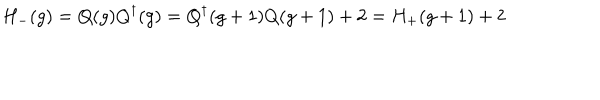
H _ { - } ( g ) = Q ( g ) Q ^ { \dagger } ( g ) = Q ^ { \dagger } ( g + 1 ) Q ( g + 1 ) + 2 = H _ { + } ( g + 1 ) + 2